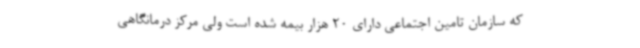
که سازمان تامین اجتماعی دارای 20 هزار بیمه شده است ولی مرکز درمانگاهی